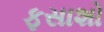
ફસાશો